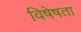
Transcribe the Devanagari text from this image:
विषेषता